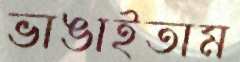
ভাঙাইতাম